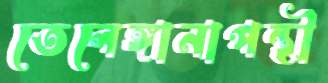
তেলেঙ্গানাপন্থী